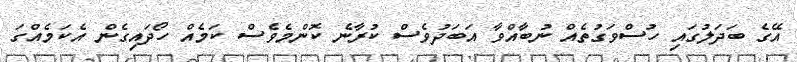
އޭގެ ބަދަލުގައި ހުސްވަގުތެއް ނުބާއްވާ އަބަދުވެސް ކުރާނެ ކޮންމެވެސް ކަމެއް ހޯދައިގެން އެކަމެއްގަ